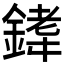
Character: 𫒰